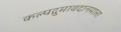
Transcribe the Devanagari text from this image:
कल्पद्रुमावदानमाला